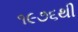
૧૯૭૬થી